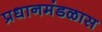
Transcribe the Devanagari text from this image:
प्रधानमंडळास